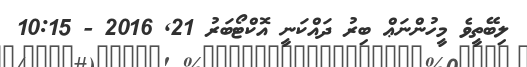
ލިިބޭތީވެ މީހުންނަޢް ބިރު ދައްކަނީ އޮކްޓޯބަރު 21